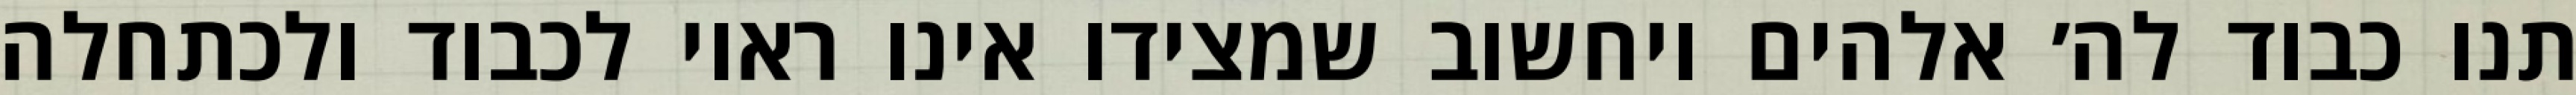
תנו כבוד לה׳ אלהים ויחשוב שמצידו אינו ראוי לכבוד ולכתחלה